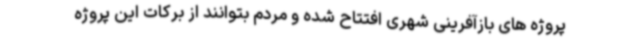
پروژه های بازآفرینی شهری افتتاح شده و مردم بتوانند از برکات این پروژه